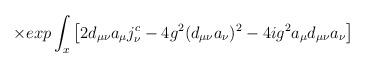
LaTeX: \begin{align*}\qquad \times exp \int_x \left[2 d_{\mu\nu}a_\mu j^c_\nu - 4g^2(d_{\mu\nu}a_\nu)^2 - 4ig^2a_\mu d_{\mu\nu}a_\nu\right]\end{align*}